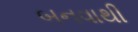
બનવાથી